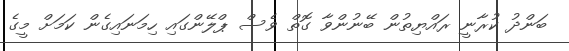
ބަންދު ކުރާނީ ރައްޔިތުން ބޭނުންވާ ގޮތް ވެސް ޕްލޭންގައި ހިމަނައިގެން ކަމަށް މީގެ